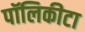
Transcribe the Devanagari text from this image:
पॉलिकीटा